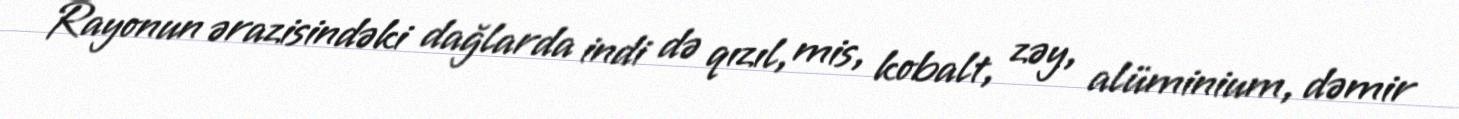
Rayonun ərazisindəki dağlarda indi də qızıl, mis, kobalt, zəy, alüminium, dəmir